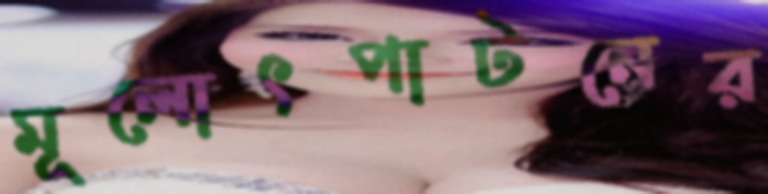
মূলোৎপাটনের